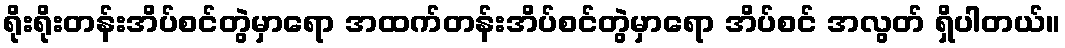
ရိုးရိုးတန်းအိပ်စင်တွဲမှာရော အထက်တန်းအိပ်စင်တွဲမှာရော အိပ်စင် အလွတ် ရှိပါတယ်။